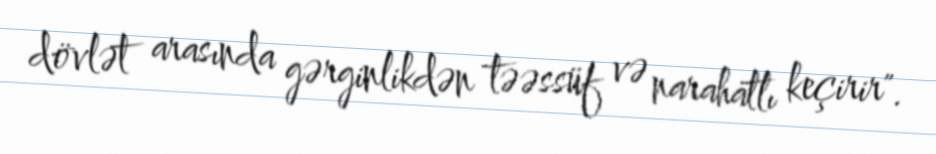
dövlət arasında gərginlikdən təəssüf və narahatlı keçirir".